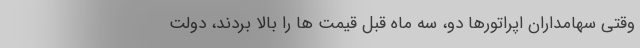
وقتی سهامداران اپراتورها دو، سه ماه قبل قیمت ها را بالا بردند، دولت